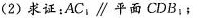
(2)求证：AC_{1}\parallel平面CDB_{1}；